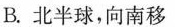
B.北半球，向南移